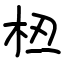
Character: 𫞈